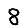
Digit: 8